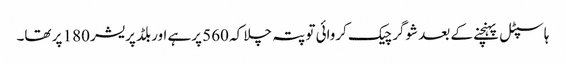
ہاسپٹل پہنچنے کے بعد شوگر چیک کروائی تو پتہ چلا کہ 560 پرہے اوربلڈ پریشر 180 پر تھا۔